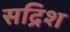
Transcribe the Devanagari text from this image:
सद्रिश